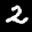
Label: 2